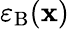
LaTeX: \varepsilon_{\mathrm{B}}(\mathbf{x})